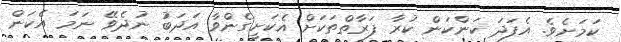
ކަމަށެވެ. އެފަދަ ކަންކަން ކުރާ ފަރާތްތަކަށް އެކަށީގެންވާ އަދަބު ނުދެވޭ ނަމަ އެކަން